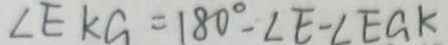
\angle E k G = 1 8 0 ^ { \circ } - \angle E - \angle E G K